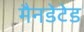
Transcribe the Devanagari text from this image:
मैनडेटेड